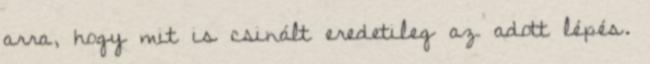
arra, hogy mit is csinált eredetileg az adott lépés.